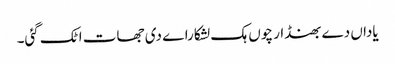
یاداں دے بھنڈار چوں ہک لشکاراے دی جھات اٹک گئی۔